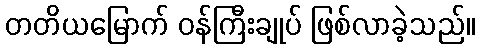
တတိယမြောက် ဝန်ကြီးချုပ် ဖြစ်လာခဲ့သည်။